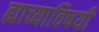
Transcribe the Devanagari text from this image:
ह्याच्याविषयी